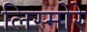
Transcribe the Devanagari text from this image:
लिस्मोरे